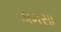
ડામસા